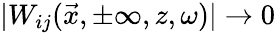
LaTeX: |W_{ij}(\vec{x},\pm\infty,z,\omega)|\rightarrow 0